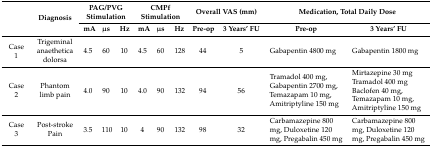
<table><thead><tr><td rowspan="2"></td><td rowspan="2"><b>Diagnosis</b></td><td colspan="3"><b>PAG/PVG Stimulation</b></td><td colspan="3"><b>CMPf Stimulation</b></td><td colspan="2"><b>Overall VAS (mm)</b></td><td colspan="2"><b>Medication, Total Daily Dose</b></td></tr><tr><td><b>mA</b></td><td><b>μs</b></td><td><b>Hz</b></td><td><b>mA</b></td><td><b>μs</b></td><td><b>Hz</b></td><td><b>Pre-op</b></td><td><b>3 Years’ FU</b></td><td><b>Pre-op</b></td><td><b>3 Years’ FU</b></td></tr></thead><tbody><tr><td>Case 1</td><td>Trigeminal anaethetica dolorsa</td><td>4.5</td><td>60</td><td>10</td><td>4.5</td><td>60</td><td>128</td><td>44</td><td>5</td><td>Gabapentin 4800 mg</td><td>Gabapentin 1800 mg</td></tr><tr><td>Case 2</td><td>Phantom limb pain</td><td>4.0</td><td>90</td><td>10</td><td>4.0</td><td>90</td><td>132</td><td>94</td><td>56</td><td>Tramadol 400 mg, Gabapentin 2700 mg, Temazapam 10 mg, Amitriptyline 150 mg</td><td>Mirtazepine 30 mg Tramadol 400 mg Baclofen 40 mg, Temazapam 10 mg, Amitriptyline 150 mg</td></tr><tr><td>Case 3</td><td>Post-stroke Pain</td><td>3.5</td><td>110</td><td>10</td><td>4</td><td>90</td><td>132</td><td>98</td><td>32</td><td>Carbamazepine 800 mg, Duloxetine 120 mg, Pregabalin 450 mg</td><td>Carbamazepine 800 mg, Duloxetine 120 mg, Pregabalin 450 mg</td></tr></tbody></table>